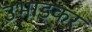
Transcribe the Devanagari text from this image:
उभाड़कर